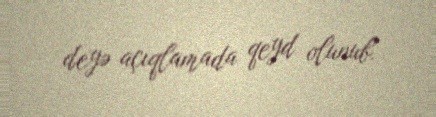
deyə açıqlamada qeyd olunub.